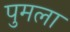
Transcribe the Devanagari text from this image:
पुमला